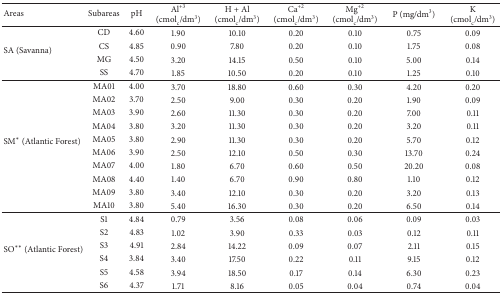
<table><thead><tr><td><b>Areas</b></td><td><b>Subareas</b></td><td><b>pH</b></td><td><b>Al<sup>+3</sup> (cmol<sub>c</sub>/dm<sup>3</sup>)</b></td><td><b>H + Al (cmol<sub>c</sub>/dm<sup>3</sup>)</b></td><td><b>Ca<sup>+2</sup> (cmol<sub>c</sub>/dm<sup>3</sup>)</b></td><td><b>Mg<sup>+2</sup> (cmol<sub>c</sub>/dm<sup>3</sup>)</b></td><td><b>P (mg/dm<sup>3</sup>)</b></td><td><b>K (cmol<sub>c</sub>/dm<sup>3</sup>)</b></td></tr></thead><tbody><tr><td rowspan="4">SA (Savanna)</td><td>CD</td><td>4.60</td><td>1.90</td><td>10.10</td><td>0.20</td><td>0.10</td><td>0.75</td><td>0.09</td></tr><tr><td>CS</td><td>4.85</td><td>0.90</td><td>7.80</td><td>0.20</td><td>0.10</td><td>1.75</td><td>0.08</td></tr><tr><td>MG</td><td>4.50</td><td>3.20</td><td>14.15</td><td>0.50</td><td>0.10</td><td>5.00</td><td>0.14</td></tr><tr><td>SS</td><td>4.70</td><td>1.85</td><td>10.50</td><td>0.20</td><td>0.10</td><td>1.25</td><td>0.10</td></tr><tr><td rowspan="10">SM∗ (Atlantic Forest)</td><td>MA01</td><td>4.00</td><td>3.70</td><td>18.80</td><td>0.60</td><td>0.30</td><td>4.20</td><td>0.20</td></tr><tr><td>MA02</td><td>3.70</td><td>2.50</td><td>9.00</td><td>0.30</td><td>0.20</td><td>1.90</td><td>0.09</td></tr><tr><td>MA03</td><td>3.90</td><td>2.60</td><td>11.30</td><td>0.30</td><td>0.20</td><td>7.00</td><td>0.11</td></tr><tr><td>MA04</td><td>3.80</td><td>3.20</td><td>11.30</td><td>0.30</td><td>0.20</td><td>3.20</td><td>0.11</td></tr><tr><td>MA05</td><td>3.80</td><td>2.90</td><td>11.30</td><td>0.30</td><td>0.20</td><td>5.70</td><td>0.12</td></tr><tr><td>MA06</td><td>3.90</td><td>2.50</td><td>12.10</td><td>0.50</td><td>0.30</td><td>13.70</td><td>0.24</td></tr><tr><td>MA07</td><td>4.00</td><td>1.80</td><td>6.70</td><td>0.60</td><td>0.50</td><td>20.20</td><td>0.08</td></tr><tr><td>MA08</td><td>4.40</td><td>1.40</td><td>6.70</td><td>0.90</td><td>0.80</td><td>1.10</td><td>0.12</td></tr><tr><td>MA09</td><td>3.80</td><td>3.40</td><td>12.10</td><td>0.30</td><td>0.20</td><td>3.20</td><td>0.13</td></tr><tr><td>MA10</td><td>3.80</td><td>5.40</td><td>16.30</td><td>0.30</td><td>0.20</td><td>6.50</td><td>0.14</td></tr><tr><td rowspan="6">SO∗∗ (Atlantic Forest)</td><td>S1</td><td>4.84</td><td>0.79</td><td>3.56</td><td>0.08</td><td>0.06</td><td>0.09</td><td>0.03</td></tr><tr><td>S2</td><td>4.83</td><td>1.02</td><td>3.90</td><td>0.33</td><td>0.03</td><td>0.12</td><td>0.11</td></tr><tr><td>S3</td><td>4.91</td><td>2.84</td><td>14.22</td><td>0.09</td><td>0.07</td><td>2.11</td><td>0.15</td></tr><tr><td>S4</td><td>3.84</td><td>3.40</td><td>17.50</td><td>0.22</td><td>0.11</td><td>9.15</td><td>0.12</td></tr><tr><td>S5</td><td>4.58</td><td>3.94</td><td>18.50</td><td>0.17</td><td>0.14</td><td>6.30</td><td>0.23</td></tr><tr><td>S6</td><td>4.37</td><td>1.71</td><td>8.16</td><td>0.05</td><td>0.04</td><td>0.74</td><td>0.04</td></tr></tbody></table>